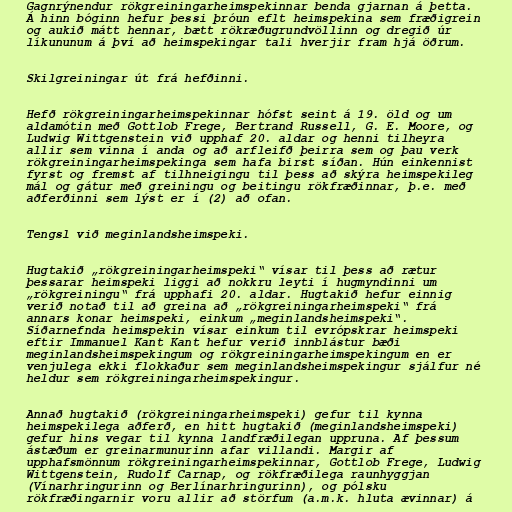
Gagnrýnendur rökgreiningarheimspekinnar benda gjarnan á þetta.
Á hinn bóginn hefur þessi þróun eflt heimspekina sem fræðigrein
og aukið mátt hennar, bætt rökræðugrundvöllinn og dregið úr
líkununum á því að heimspekingar tali hverjir fram hjá öðrum.

Skilgreiningar út frá hefðinni.

Hefð rökgreiningarheimspekinnar hófst seint á 19. öld og um
aldamótin með Gottlob Frege, Bertrand Russell, G. E. Moore, og
Ludwig Wittgenstein við upphaf 20. aldar og henni tilheyra
allir sem vinna í anda og að arfleifð þeirra sem og þau verk
rökgreiningarheimspekinga sem hafa birst síðan. Hún einkennist
fyrst og fremst af tilhneigingu til þess að skýra heimspekileg
mál og gátur með greiningu og beitingu rökfræðinnar, þ.e. með
aðferðinni sem lýst er í (2) að ofan.

Tengsl við meginlandsheimspeki.

Hugtakið „rökgreiningarheimspeki“ vísar til þess að rætur
þessarar heimspeki liggi að nokkru leyti í hugmyndinni um
„rökgreiningu“ frá upphafi 20. aldar. Hugtakið hefur einnig
verið notað til að greina að „rökgreiningarheimspeki“ frá
annars konar heimspeki, einkum „meginlandsheimspeki“.
Síðarnefnda heimspekin vísar einkum til evrópskrar heimspeki
eftir Immanuel Kant Kant hefur verið innblástur bæði
meginlandsheimspekingum og rökgreiningarheimspekingum en er
venjulega ekki flokkaður sem meginlandsheimspekingur sjálfur né
heldur sem rökgreiningarheimspekingur.

Annað hugtakið (rökgreiningarheimspeki) gefur til kynna
heimspekilega aðferð, en hitt hugtakið (meginlandsheimspeki)
gefur hins vegar til kynna landfræðilegan uppruna. Af þessum
ástæðum er greinarmunurinn afar villandi. Margir af
upphafsmönnum rökgreiningarheimspekinnar, Gottlob Frege, Ludwig
Wittgenstein, Rudolf Carnap, og rökfræðilega raunhyggjan
(Vínarhringurinn og Berlínarhringurinn), og pólsku
rökfræðingarnir voru allir að störfum (a.m.k. hluta ævinnar) á